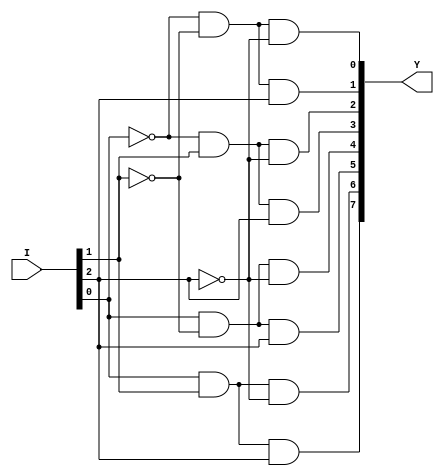
module dec_8(Y,I);
input[2:0]I;
output[7:0]Y;
wire[2:0]IN;
not(IN[0],I[0]);
not(IN[1],I[1]);
not(IN[2],I[2]);
and(Y[0],IN[0],IN[1],IN[2]);
and(Y[1],IN[0],IN[1],I[2]);
and(Y[2],IN[0],I[1],IN[2]);
and(Y[3],IN[0],I[1],I[2]);
and(Y[4],I[0],IN[1],IN[2]);
and(Y[5],I[0],IN[1],I[2]);
and(Y[6],I[0],I[1],IN[2]);
and(Y[7],I[0],I[1],I[2]);
endmodule